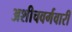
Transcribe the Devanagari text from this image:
अशीचवर्गवारी